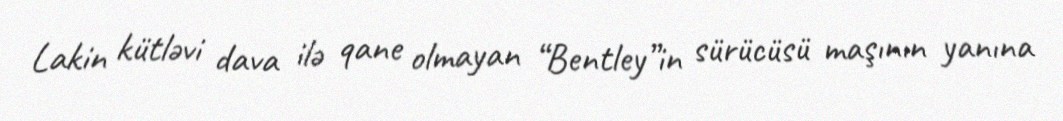
Lakin kütləvi dava ilə qane olmayan “Bentley”in sürücüsü maşının yanına